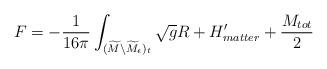
LaTeX: \begin{align*} F = -{1\over16\pi}\int_{(\widetilde M\backslash \widetilde M_\epsilon )_t}\sqrt{ g } R + H'_{matter}+ { M_{tot}\over 2}\end{align*}